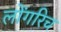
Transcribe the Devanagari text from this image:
लोंगरिच